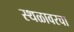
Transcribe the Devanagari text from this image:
स्थळावरचा